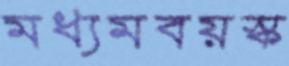
মধ্যমবয়স্ক